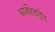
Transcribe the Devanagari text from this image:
कार्बोहाइड्रेड